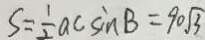
S = \frac { 1 } { 2 } a c \sin B = 9 0 \sqrt { 3 }